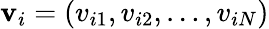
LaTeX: \mathbf{v}_{i}=(v_{i1},v_{i2},\dots,v_{iN})